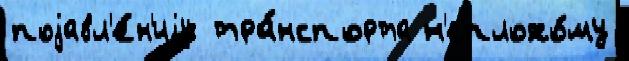
поjавл'е́н'иjу  тра́нспорта н'еплохо́му